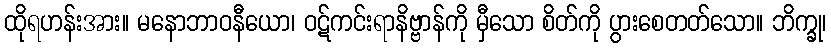
ထိုရဟန်းအား။ မနောဘာဝနီယော၊ ဝဋ်ကင်းရာနိဗ္ဗာန်ကို မှီသော စိတ်ကို ပွားစေတတ်သော။ ဘိက္ခု၊